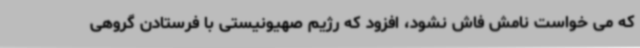
که می خواست نامش فاش نشود، افزود که رژیم صهیونیستی با فرستادن گروهی